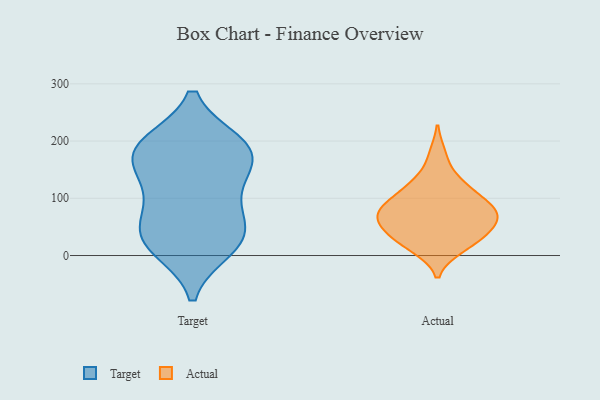
{"axis": {"x": "Website Visitors", "y": "Value"}, "legend": ["Actual", "Target"], "data": [{"x": "", "y": 95, "type": "Target"}, {"x": "", "y": 159, "type": "Target"}, {"x": "", "y": 13, "type": "Target"}, {"x": "", "y": 156, "type": "Target"}, {"x": "", "y": 54, "type": "Target"}, {"x": "", "y": 188, "type": "Target"}, {"x": "", "y": 30, "type": "Target"}, {"x": "", "y": 42, "type": "Target"}, {"x": "", "y": 190, "type": "Target"}, {"x": "", "y": 114, "type": "Target"}, {"x": "", "y": 189, "type": "Target"}, {"x": "", "y": 195, "type": "Target"}, {"x": "", "y": 20, "type": "Target"}, {"x": "", "y": 131, "type": "Actual"}, {"x": "", "y": 78, "type": "Actual"}, {"x": "", "y": 14, "type": "Actual"}, {"x": "", "y": 52, "type": "Actual"}, {"x": "", "y": 32, "type": "Actual"}, {"x": "", "y": 13, "type": "Actual"}, {"x": "", "y": 117, "type": "Actual"}, {"x": "", "y": 176, "type": "Actual"}, {"x": "", "y": 71, "type": "Actual"}, {"x": "", "y": 34, "type": "Actual"}, {"x": "", "y": 44, "type": "Actual"}, {"x": "", "y": 81, "type": "Actual"}, {"x": "", "y": 76, "type": "Actual"}, {"x": "", "y": 117, "type": "Actual"}, {"x": "", "y": 93, "type": "Actual"}, {"x": "", "y": 57, "type": "Actual"}, {"x": "", "y": 79, "type": "Actual"}]}